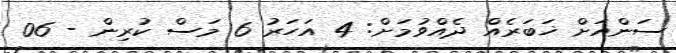
ސަންއަށް ޚަބަރެއް ދެއްވުމަށް: 4 އަހަރު 6 މަސް ކުރިން - 06